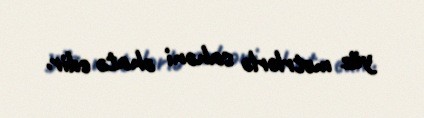
yüz metrlərlə sahəni əhatə edir.